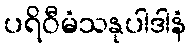
ပရိဝီမံသနုပါဒါနံ